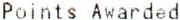
POINTS AWARDED